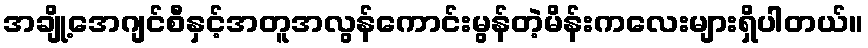
အချို့အေဂျင်စီနှင့်အတူအလွန်ကောင်းမွန်တဲ့မိန်းကလေးများရှိပါတယ်။